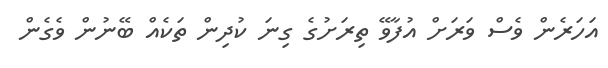
އަހަރެން ވެސް ވަރަށް އުފާވޭ ތިރަށުގެ ގިނަ ކުދިން ތަކެއް ބޭނުން ވެގެން